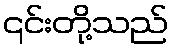
၎င်းတို့သည်